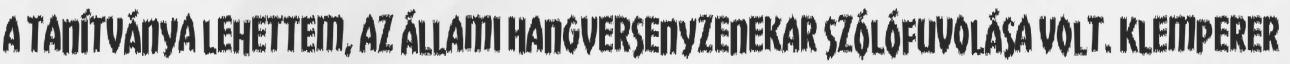
a tanítványa lehettem, az Állami Hangversenyzenekar szólófuvolása volt. Klemperer